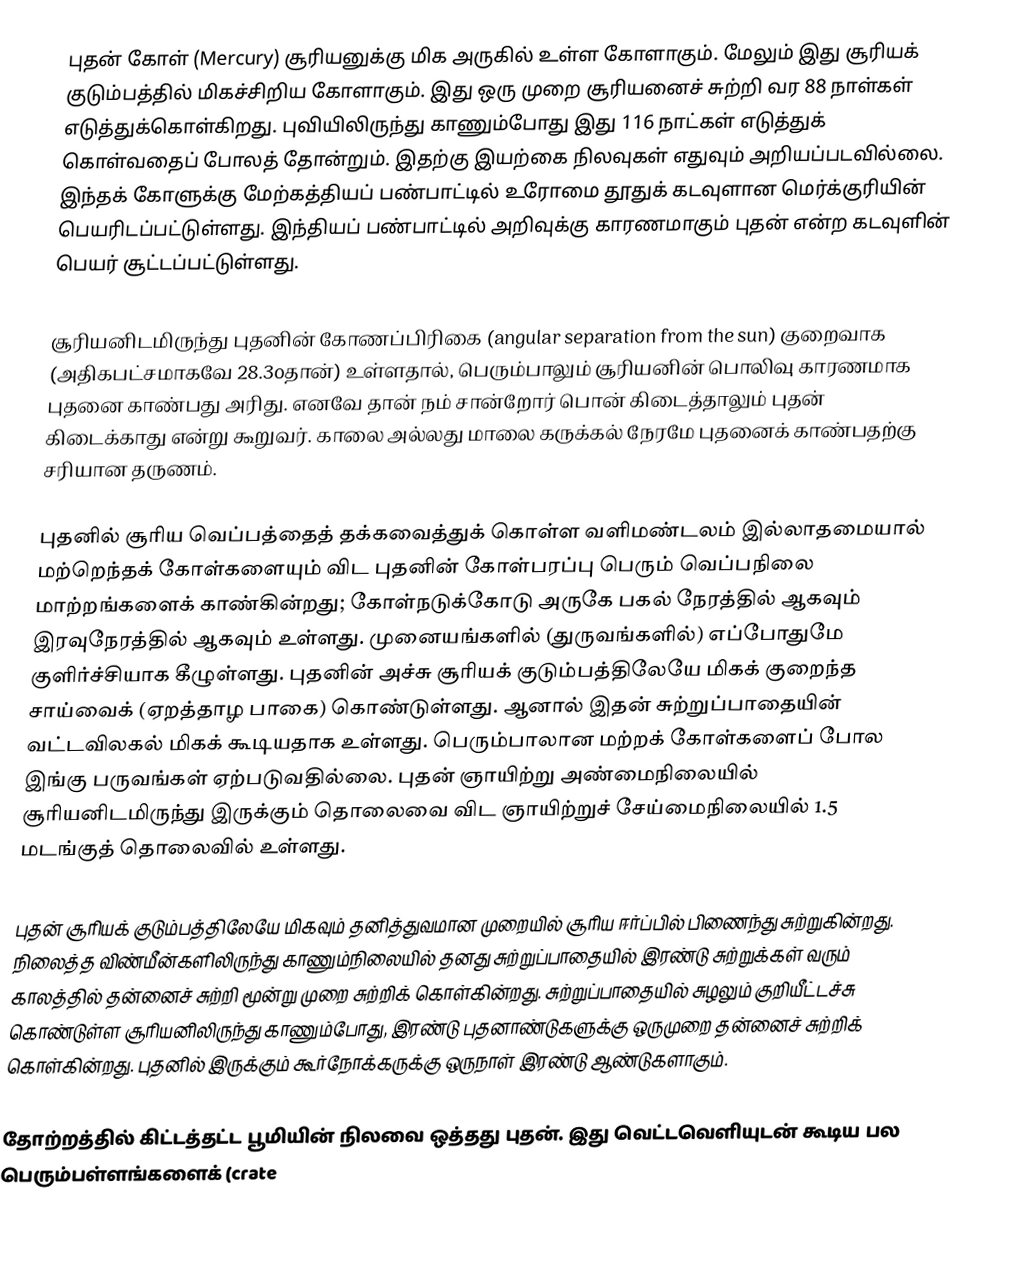
புதன் கோள் (Mercury) சூரியனுக்கு மிக அருகில் உள்ள கோளாகும். மேலும் இது சூரியக் குடும்பத்தில் மிகச்சிறிய கோளாகும். இது ஒரு முறை சூரியனைச் சுற்றி வர 88 நாள்கள் எடுத்துக்கொள்கிறது. புவியிலிருந்து காணும்போது இது 116 நாட்கள் எடுத்துக் கொள்வதைப் போலத் தோன்றும். இதற்கு இயற்கை நிலவுகள் எதுவும் அறியப்படவில்லை.  இந்தக் கோளுக்கு மேற்கத்தியப் பண்பாட்டில் உரோமை தூதுக் கடவுளான மெர்க்குரியின் பெயரிடப்பட்டுள்ளது. இந்தியப் பண்பாட்டில் அறிவுக்கு காரணமாகும் புதன் என்ற கடவுளின் பெயர் சூட்டப்பட்டுள்ளது.

சூரியனிடமிருந்து புதனின் கோணப்பிரிகை (angular separation from the sun) குறைவாக (அதிகபட்சமாகவே 28.3oதான்) உள்ளதால், பெரும்பாலும் சூரியனின் பொலிவு காரணமாக புதனை காண்பது அரிது. எனவே தான் நம் சான்றோர் பொன் கிடைத்தாலும் புதன் கிடைக்காது என்று கூறுவர். காலை அல்லது மாலை கருக்கல் நேரமே புதனைக் காண்பதற்கு சரியான தருணம்.

புதனில் சூரிய வெப்பத்தைத் தக்கவைத்துக் கொள்ள வளிமண்டலம் இல்லாதமையால் மற்றெந்தக் கோள்களையும் விட புதனின் கோள்பரப்பு பெரும் வெப்பநிலை மாற்றங்களைக் காண்கின்றது; கோள்நடுக்கோடு அருகே பகல் நேரத்தில்  ஆகவும் இரவுநேரத்தில்  ஆகவும் உள்ளது. முனையங்களில் (துருவங்களில்) எப்போதுமே குளிர்ச்சியாக  கீழுள்ளது. புதனின் அச்சு சூரியக் குடும்பத்திலேயே மிகக் குறைந்த சாய்வைக் (ஏறத்தாழ  பாகை) கொண்டுள்ளது. ஆனால் இதன் சுற்றுப்பாதையின் வட்டவிலகல் மிகக் கூடியதாக உள்ளது.  பெரும்பாலான மற்றக் கோள்களைப் போல இங்கு பருவங்கள் ஏற்படுவதில்லை. புதன் ஞாயிற்று அண்மைநிலையில் சூரியனிடமிருந்து இருக்கும் தொலைவை விட  ஞாயிற்றுச் சேய்மைநிலையில் 1.5 மடங்குத் தொலைவில் உள்ளது.

புதன் சூரியக் குடும்பத்திலேயே  மிகவும் தனித்துவமான முறையில் சூரிய ஈர்ப்பில் பிணைந்து சுற்றுகின்றது.  நிலைத்த விண்மீன்களிலிருந்து காணும்நிலையில் தனது சுற்றுப்பாதையில் இரண்டு சுற்றுக்கள் வரும் காலத்தில் தன்னைச் சுற்றி மூன்று முறை சுற்றிக் கொள்கின்றது.  சுற்றுப்பாதையில் சுழலும் குறியீட்டச்சு கொண்டுள்ள சூரியனிலிருந்து காணும்போது,  இரண்டு புதனாண்டுகளுக்கு ஒருமுறை தன்னைச் சுற்றிக் கொள்கின்றது. புதனில் இருக்கும் கூர்நோக்கருக்கு ஒருநாள் இரண்டு ஆண்டுகளாகும்.

தோற்றத்தில் கிட்டத்தட்ட பூமியின் நிலவை ஒத்தது புதன். இது வெட்டவெளியுடன் கூடிய பல பெரும்பள்ளங்களைக் (crate